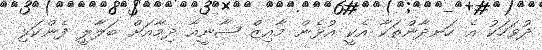
ދުވަހަކު އެ ހަނދާންތަކާ އެކީ އުޅެން މާއިޒް ޝާނީއާ ދިމާއަށް ބަލާލީ ފެންކަޅި